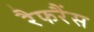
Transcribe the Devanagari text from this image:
रैफरैंस